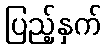
ပြည့်နှက်